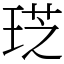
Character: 𤦧